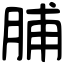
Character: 脯